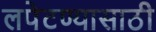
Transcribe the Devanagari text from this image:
लपेटण्यासाठी